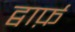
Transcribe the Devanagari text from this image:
द्वार्फ़